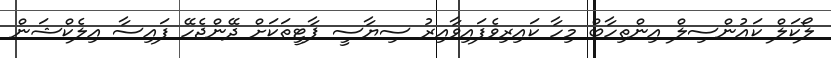
ލޯކަލް ކައުންސިލް އިންތިހާބް މިހާ ކައިރިވެފައިވާއިރު ސިޔާސީ ޕާޓީތަކަށް ދޭންޖެހޭ ފައިސާ އިލެކްޝަން